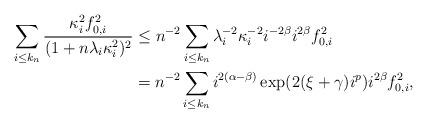
LaTeX: \begin{align*}\sum_{i\leq k_n} \frac{\kappa_i^2f_{0,i}^2}{(1+n\lambda_i\kappa_i^2)^2} &\leq n^{-2} \sum_{i\leq k_n} \lambda_i^{-2}\kappa_i^{-2}i^{-2\beta}i^{2\beta}f_{0,i}^2\\&= n^{-2} \sum_{i\leq k_n} i^{2(\alpha-\beta)}\exp(2(\xi+\gamma)i^p)i^{2\beta}f_{0,i}^2,\end{align*}